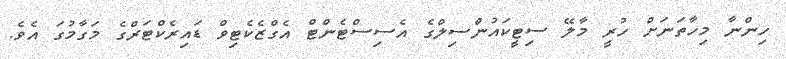
ހިންނާ މިހާތަނަށް ހުރީ މާލޭ ސިޓީކައުންސިލްގެ އެސިސްޓެންޓް އެގްޒެކެޓިވް ޑައިރެކްޓަރްގެ މަގާމުގަ އެވެ.